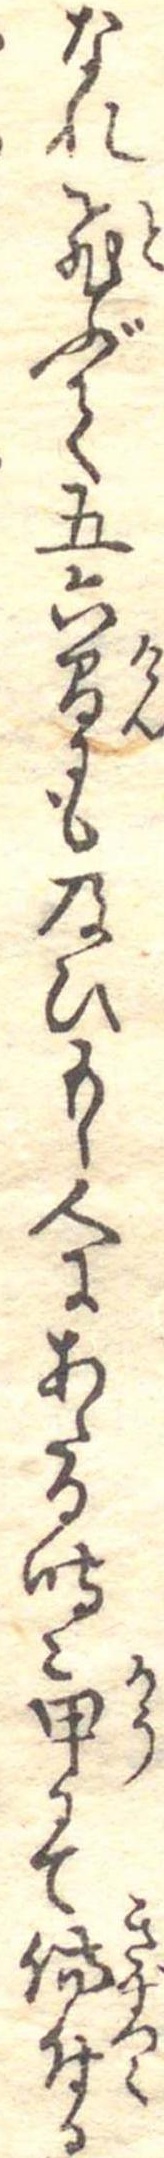
なれ飛ぶ五六間にも及ひもし人にあたる時は甲にて傷付る